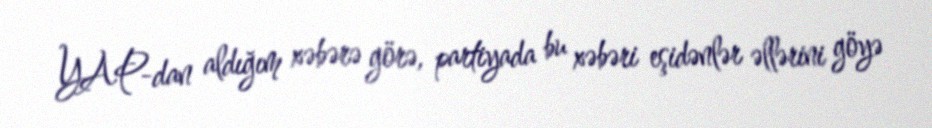
YAP-dan aldığım xəbərə görə, partiyada bu xəbəri eşidənlər əllərini göyə